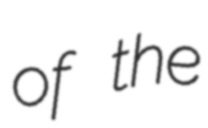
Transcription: of the